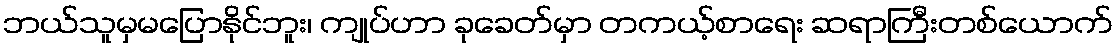
ဘယ်သူမှမပြောနိုင်ဘူး၊ ကျုပ်ဟာ ခုခေတ်မှာ တကယ့်စာရေး ဆရာကြီးတစ်ယောက်